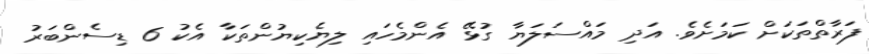
ފަރާތްތަކަށް ކަމަށެވެ. އަދި މައްސަލަޔާ ގުޅޭ އެންމެހައި ލިޔެކިޔުންތަކާ އެކު 6 ޑިސެންބަރު